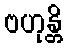
ဗဟုန္တိ